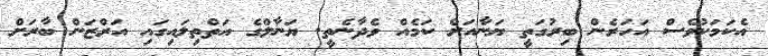
އެކަމަކުވެސް އަހަރެން ބިރުގަތީ ޔަނާއަށް ކަމެއް ވެދާނެތީ. ޔަނާލްގެ އަތްތިލައިގައި އަރްޒަން ބާރަށް